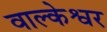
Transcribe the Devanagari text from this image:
वाल्केश्वर